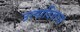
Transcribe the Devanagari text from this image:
उत्पादिताचा